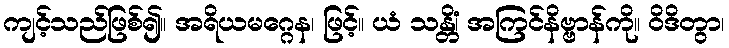
ကျင့်သည်ဖြစ်၍။ အရိယမဂ္ဂေန၊ ဖြင့်။ ယံ သန္တိံ၊ အကြင်နိဗ္ဗာန်ကို။ ဝိဒိတွာ၊